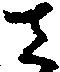
さ